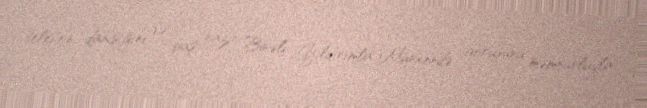
telefon danışığını və baş nazir Binəli Yıldırımla Münxendə görüşünü məmnunluqla